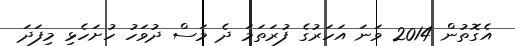
އެގޮތުން 2014 ވަނަ އަހަރުގެ ފުރަތަމަ ދެ މަސް ދުވަހު ހުށަހެޅި މިފަދަ